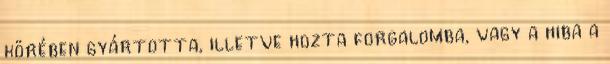
körében gyártotta, illetve hozta forgalomba, vagy a hiba a